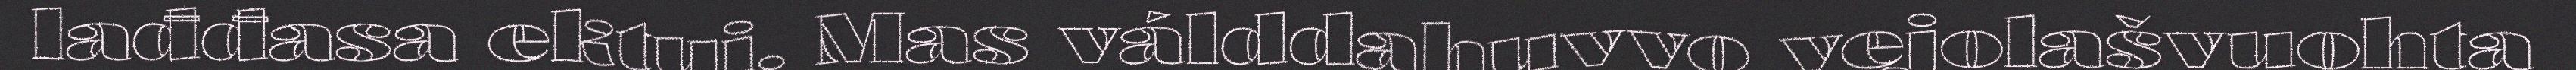
lađđasa ektui. Mas válddahuvvo vejolašvuohta